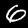
Label: 6